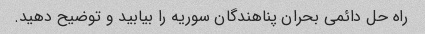
راه حل دائمی بحران پناهندگان سوریه را بیابید و توضیح دهید.